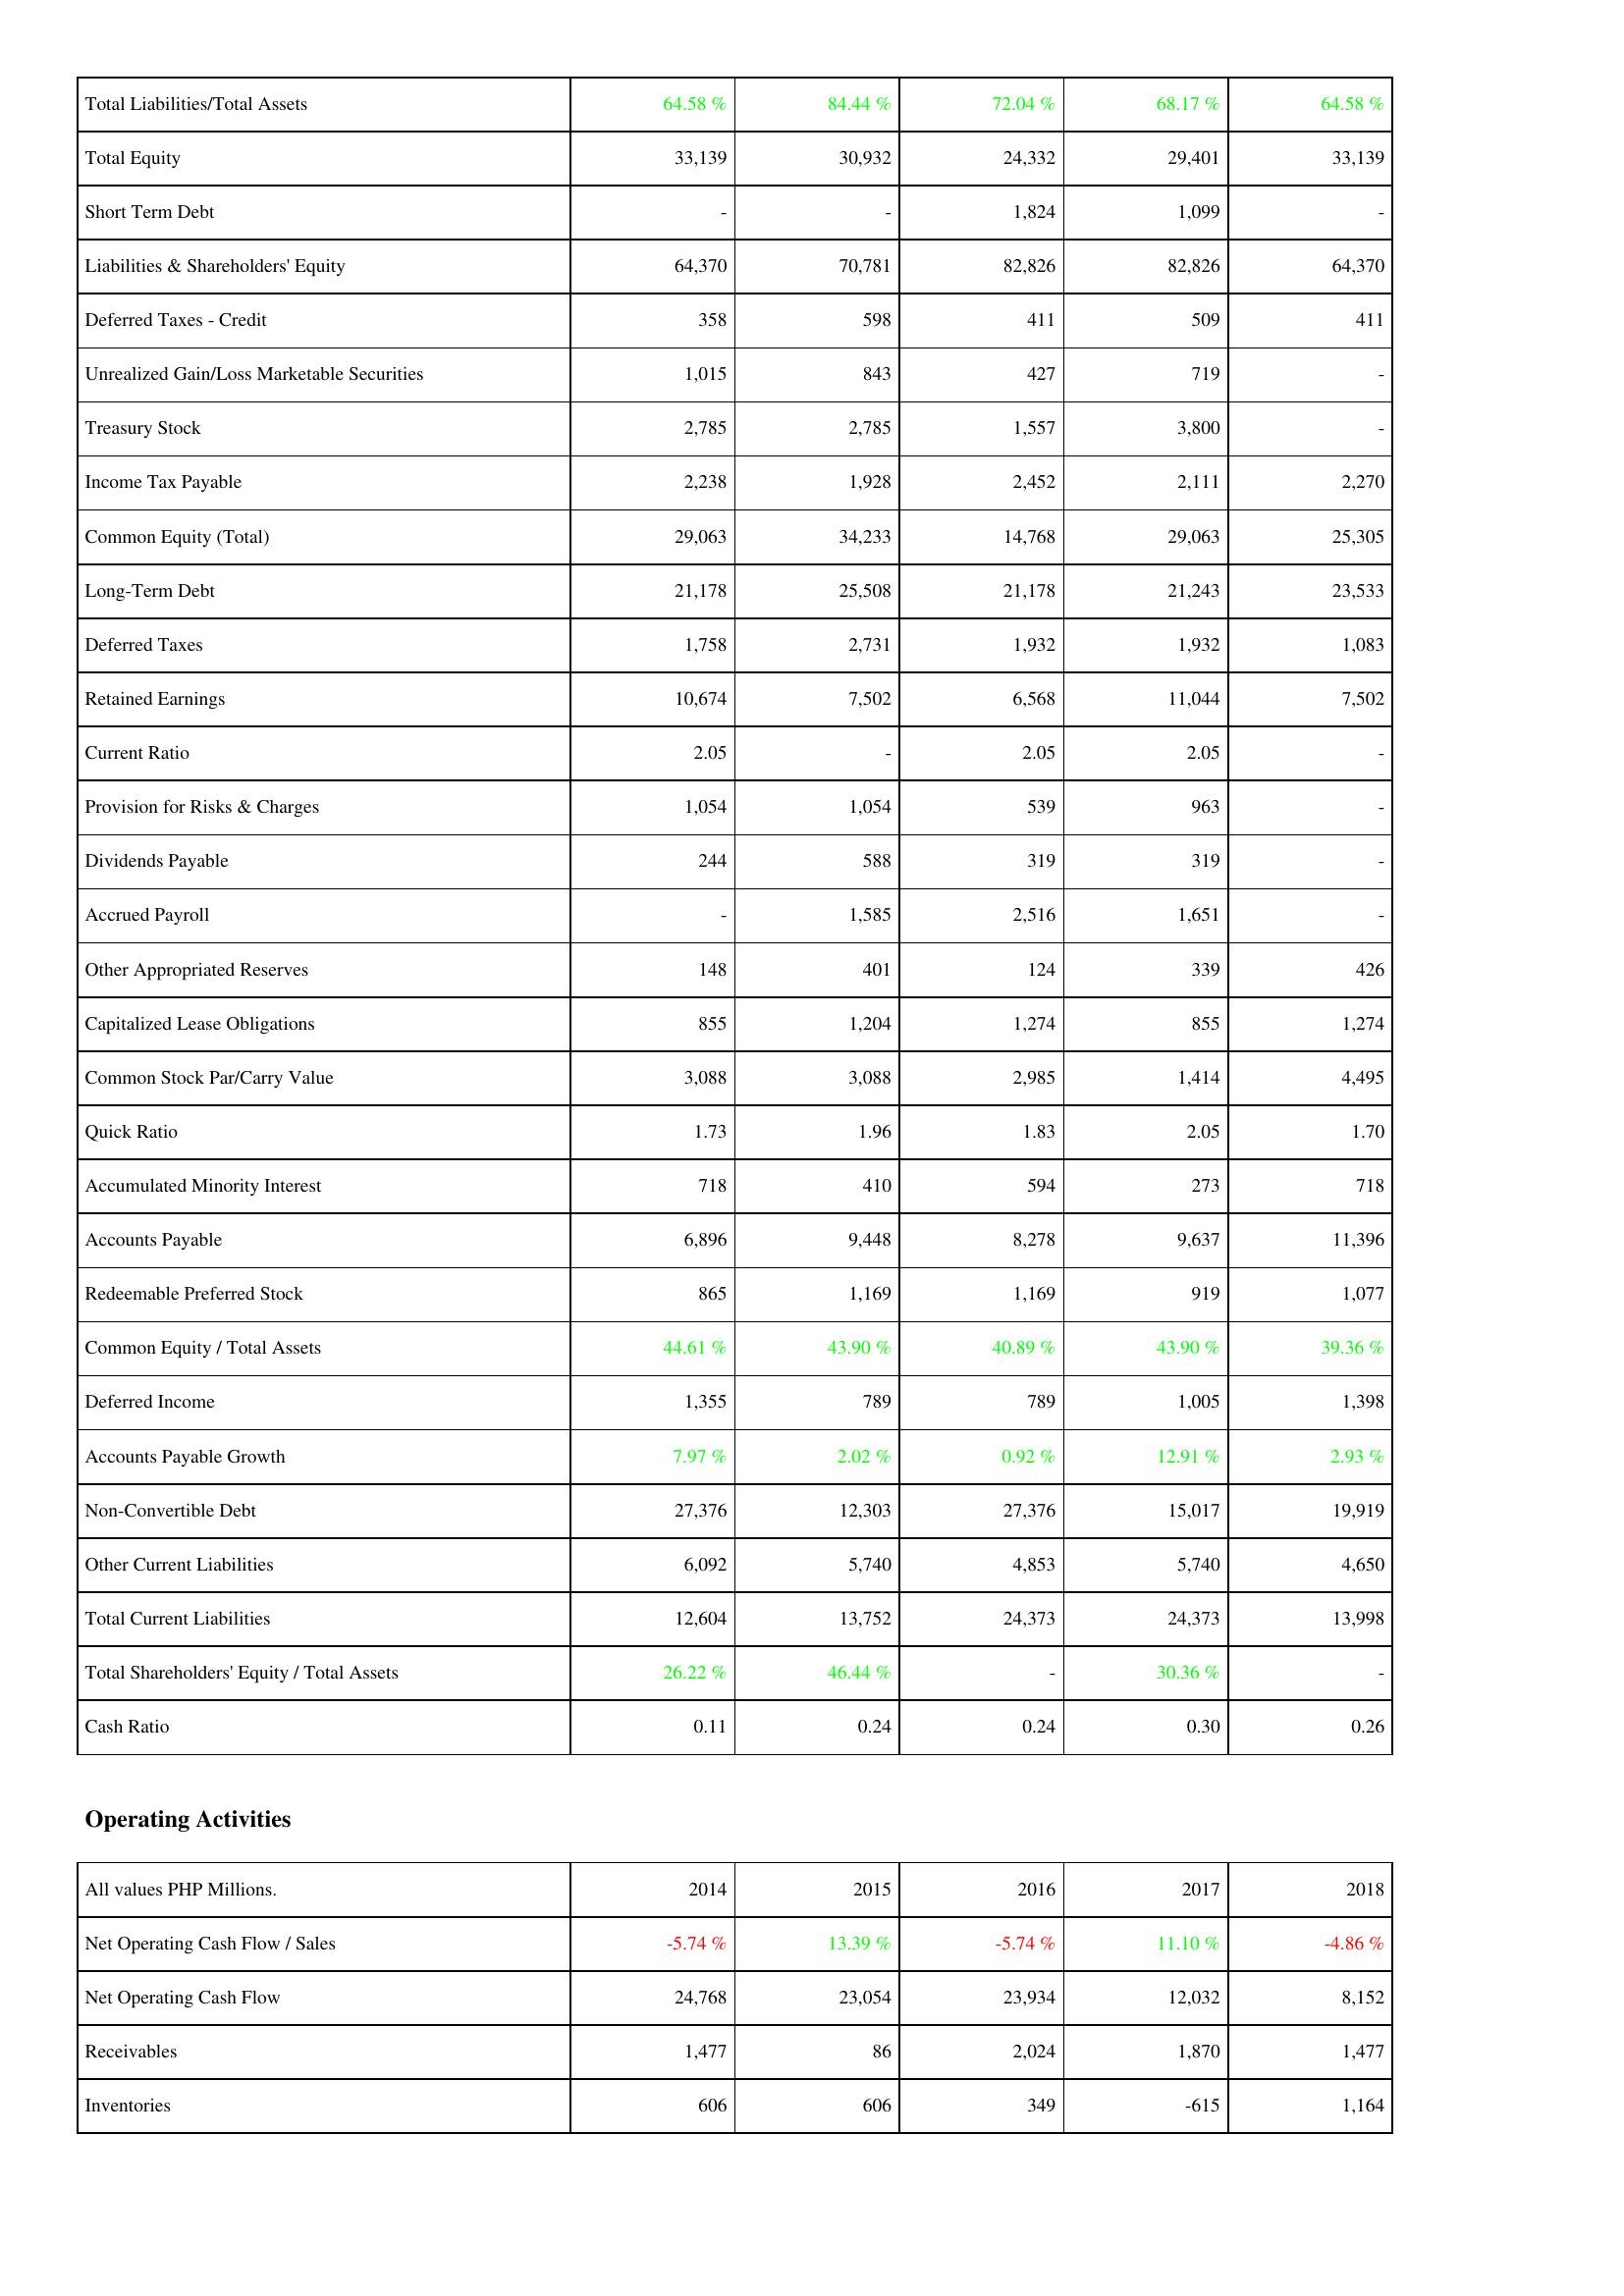
2014: Liabilities & Shareholders' Equity: Total Liabilities/Total Assets: 64.58 %
Total Equity: 33,139
Short Term Debt: -
Liabilities & Shareholders' Equity: 64,370
Deferred Taxes - Credit: 358
Unrealized Gain/Loss Marketable Securities: 1,015
Treasury Stock: 2,785
Income Tax Payable: 2,238
Common Equity (Total): 29,063
Long-Term Debt: 21,178
Deferred Taxes: 1,758
Retained Earnings: 10,674
Current Ratio: 2.05
Provision for Risks & Charges: 1,054
Dividends Payable: 244
Accrued Payroll: -
Other Appropriated Reserves: 148
Capitalized Lease Obligations: 855
Common Stock Par/Carry Value: 3,088
Quick Ratio: 1.73
Accumulated Minority Interest: 718
Accounts Payable: 6,896
Redeemable Preferred Stock: 865
Common Equity / Total Assets: 44.61 %
Deferred Income: 1,355
Accounts Payable Growth: 7.97 %
Non-Convertible Debt: 27,376
Other Current Liabilities: 6,092
Total Current Liabilities: 12,604
Total Shareholders' Equity / Total Assets: 26.22 %
Cash Ratio: 0.11
Operating Activities: Net Operating Cash Flow / Sales: -5.74 %
Net Operating Cash Flow: 24,768
Receivables: 1,477
Inventories: 606
2015: Liabilities & Shareholders' Equity: Total Liabilities/Total Assets: 84.44 %
Total Equity: 30,932
Short Term Debt: -
Liabilities & Shareholders' Equity: 70,781
Deferred Taxes - Credit: 598
Unrealized Gain/Loss Marketable Securities: 843
Treasury Stock: 2,785
Income Tax Payable: 1,928
Common Equity (Total): 34,233
Long-Term Debt: 25,508
Deferred Taxes: 2,731
Retained Earnings: 7,502
Current Ratio: -
Provision for Risks & Charges: 1,054
Dividends Payable: 588
Accrued Payroll: 1,585
Other Appropriated Reserves: 401
Capitalized Lease Obligations: 1,204
Common Stock Par/Carry Value: 3,088
Quick Ratio: 1.96
Accumulated Minority Interest: 410
Accounts Payable: 9,448
Redeemable Preferred Stock: 1,169
Common Equity / Total Assets: 43.90 %
Deferred Income: 789
Accounts Payable Growth: 2.02 %
Non-Convertible Debt: 12,303
Other Current Liabilities: 5,740
Total Current Liabilities: 13,752
Total Shareholders' Equity / Total Assets: 46.44 %
Cash Ratio: 0.24
Operating Activities: Net Operating Cash Flow / Sales: 13.39 %
Net Operating Cash Flow: 23,054
Receivables: 86
Inventories: 606
2016: Liabilities & Shareholders' Equity: Total Liabilities/Total Assets: 72.04 %
Total Equity: 24,332
Short Term Debt: 1,824
Liabilities & Shareholders' Equity: 82,826
Deferred Taxes - Credit: 411
Unrealized Gain/Loss Marketable Securities: 427
Treasury Stock: 1,557
Income Tax Payable: 2,452
Common Equity (Total): 14,768
Long-Term Debt: 21,178
Deferred Taxes: 1,932
Retained Earnings: 6,568
Current Ratio: 2.05
Provision for Risks & Charges: 539
Dividends Payable: 319
Accrued Payroll: 2,516
Other Appropriated Reserves: 124
Capitalized Lease Obligations: 1,274
Common Stock Par/Carry Value: 2,985
Quick Ratio: 1.83
Accumulated Minority Interest: 594
Accounts Payable: 8,278
Redeemable Preferred Stock: 1,169
Common Equity / Total Assets: 40.89 %
Deferred Income: 789
Accounts Payable Growth: 0.92 %
Non-Convertible Debt: 27,376
Other Current Liabilities: 4,853
Total Current Liabilities: 24,373
Total Shareholders' Equity / Total Assets: -
Cash Ratio: 0.24
Operating Activities: Net Operating Cash Flow / Sales: -5.74 %
Net Operating Cash Flow: 23,934
Receivables: 2,024
Inventories: 349
2017: Liabilities & Shareholders' Equity: Total Liabilities/Total Assets: 68.17 %
Total Equity: 29,401
Short Term Debt: 1,099
Liabilities & Shareholders' Equity: 82,826
Deferred Taxes - Credit: 509
Unrealized Gain/Loss Marketable Securities: 719
Treasury Stock: 3,800
Income Tax Payable: 2,111
Common Equity (Total): 29,063
Long-Term Debt: 21,243
Deferred Taxes: 1,932
Retained Earnings: 11,044
Current Ratio: 2.05
Provision for Risks & Charges: 963
Dividends Payable: 319
Accrued Payroll: 1,651
Other Appropriated Reserves: 339
Capitalized Lease Obligations: 855
Common Stock Par/Carry Value: 1,414
Quick Ratio: 2.05
Accumulated Minority Interest: 273
Accounts Payable: 9,637
Redeemable Preferred Stock: 919
Common Equity / Total Assets: 43.90 %
Deferred Income: 1,005
Accounts Payable Growth: 12.91 %
Non-Convertible Debt: 15,017
Other Current Liabilities: 5,740
Total Current Liabilities: 24,373
Total Shareholders' Equity / Total Assets: 30.36 %
Cash Ratio: 0.30
Operating Activities: Net Operating Cash Flow / Sales: 11.10 %
Net Operating Cash Flow: 12,032
Receivables: 1,870
Inventories: -615
2018: Liabilities & Shareholders' Equity: Total Liabilities/Total Assets: 64.58 %
Total Equity: 33,139
Short Term Debt: -
Liabilities & Shareholders' Equity: 64,370
Deferred Taxes - Credit: 411
Unrealized Gain/Loss Marketable Securities: -
Treasury Stock: -
Income Tax Payable: 2,270
Common Equity (Total): 25,305
Long-Term Debt: 23,533
Deferred Taxes: 1,083
Retained Earnings: 7,502
Current Ratio: -
Provision for Risks & Charges: -
Dividends Payable: -
Accrued Payroll: -
Other Appropriated Reserves: 426
Capitalized Lease Obligations: 1,274
Common Stock Par/Carry Value: 4,495
Quick Ratio: 1.70
Accumulated Minority Interest: 718
Accounts Payable: 11,396
Redeemable Preferred Stock: 1,077
Common Equity / Total Assets: 39.36 %
Deferred Income: 1,398
Accounts Payable Growth: 2.93 %
Non-Convertible Debt: 19,919
Other Current Liabilities: 4,650
Total Current Liabilities: 13,998
Total Shareholders' Equity / Total Assets: -
Cash Ratio: 0.26
Operating Activities: Net Operating Cash Flow / Sales: -4.86 %
Net Operating Cash Flow: 8,152
Receivables: 1,477
Inventories: 1,164